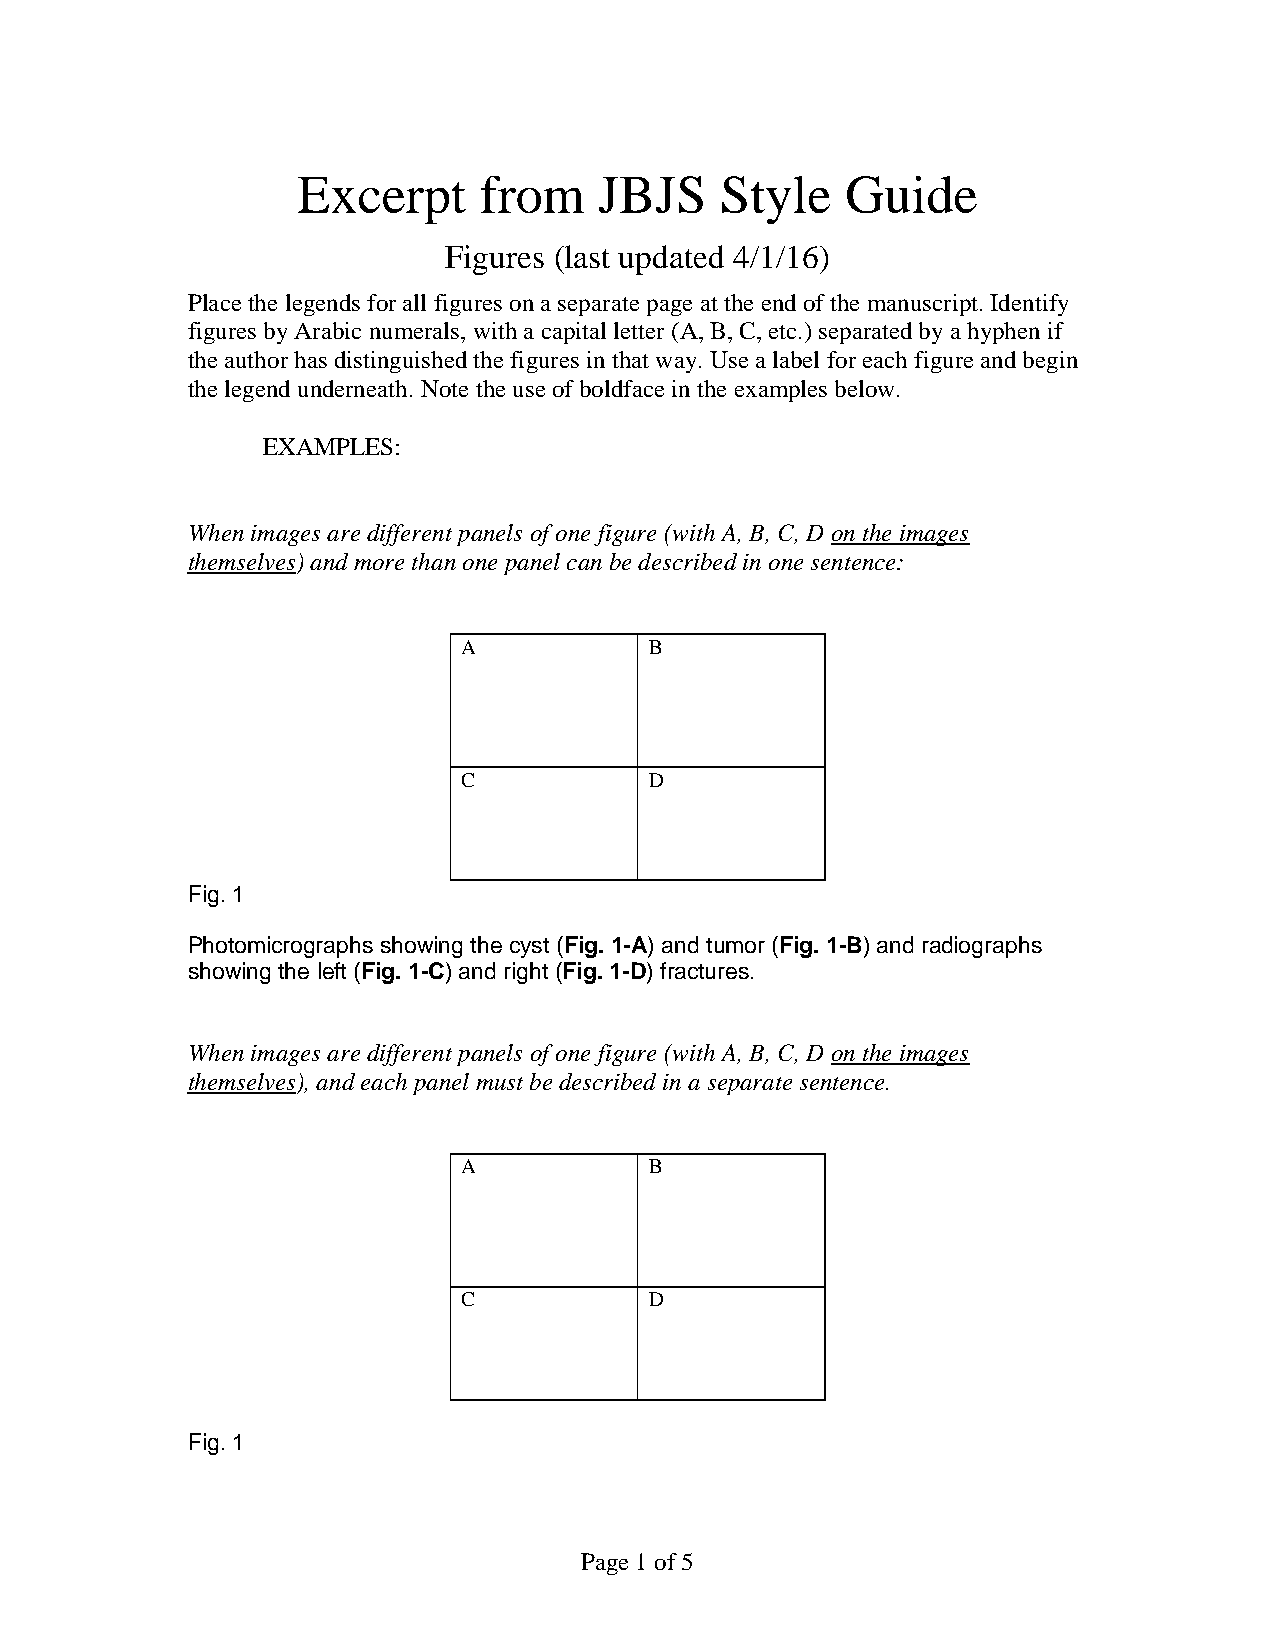
Excerpt     from    JBJS    Style   Guide
 Figures (last updated 4/1/16)
 Place the legends for all figures on a separate page at the end of the manuscript. Identify
 figures by Arabic numerals, with a capital letter (A, B, C, etc.) separated by a hyphen if
 the author has distinguished the figures in that way. Use a label for each figure and begin
 the legend underneath. Note the use of boldface in the examples below.
 EXAMPLES:
 When images are different panels of one figure (with A, B, C, D on the images
 themselves) and more than one panel can be described in one sentence:
 A           B
 C           D
 Fig. 1
 Photomicrographs showing the cyst (Fig. 1-A) and tumor (Fig. 1-B) and radiographs
 showing the left (Fig. 1-C) and right (Fig. 1-D) fractures.
 When images are different panels of one figure (with A, B, C, D on the images
 themselves), and each panel must be described in a separate sentence.
 A           B
 C           D
 Fig. 1
 Page 1 of 5